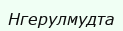
Нгерулмудта